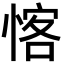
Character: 愘